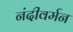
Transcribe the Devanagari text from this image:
नंदीवर्मन